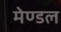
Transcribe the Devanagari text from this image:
मेण्डल